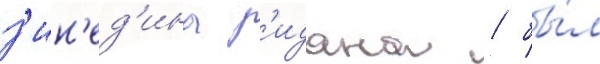
з'ин'ед'ина з'идана / бы́л